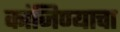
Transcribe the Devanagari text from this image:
कांजिण्याचा